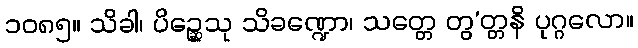
၁၀၈၅။ သိခါ၊ ပိဉ္ဆေသု သိခဏ္ဍော၊ သတ္တေ တွ’တ္တနိ ပုဂ္ဂလော။